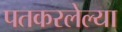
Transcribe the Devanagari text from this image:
पतकरलेल्या